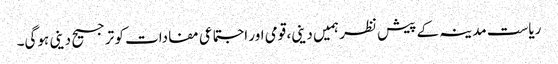
ریاست مدینہ کے پیش نظر ہمیں دینی، قومی اور اجتماعی مفادات کو ترجیح دینی ہوگی۔